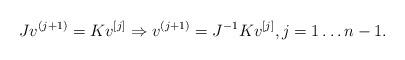
LaTeX: \begin{align*}Jv^{(j+1)}=Kv^{[j]} \Rightarrow v^{(j+1)}=J^{-1}Kv^{[j]}, j=1\dots n-1.\end{align*}